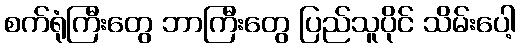
စက်ရုံကြီးတွေ ဘာကြီးတွေ ပြည်သူပိုင် သိမ်းပေါ့